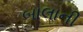
બાલાની